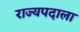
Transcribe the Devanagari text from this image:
राज्यपदाला